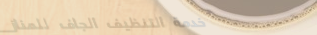
خدمة التنظيف الجاف للمناز